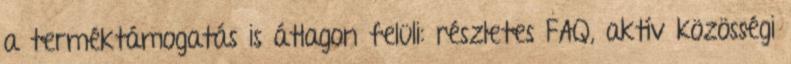
a terméktámogatás is átlagon felüli: részletes FAQ, aktív közösségi